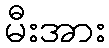
မီးအား